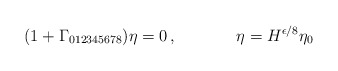
\begin{align*}(1 + \Gamma_{012345678})\eta = 0\, ,\hskip 1.5truecm \eta = H^{\epsilon/8}\eta_0\end{align*}